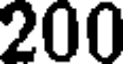
200